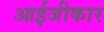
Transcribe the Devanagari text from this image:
आईजीकार